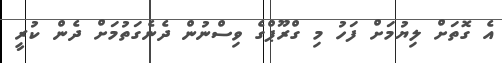
އެ ގޮތަށް ލިޔުމަށް ފަހު މި ގްރޫޕްގެ ވިސްނުން ދެނެގަތުމަށް ދެން ކުރީ